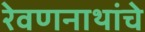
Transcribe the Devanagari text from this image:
रेवणनाथांचे